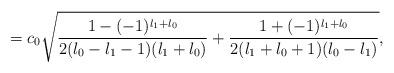
LaTeX: \begin{align*}=c_{0} \sqrt{\frac{1 - (-1)^{l_{1}+l_{0}}}{2(l_{0}-l_{1}-1)(l_{1}+l_{0})} + \frac{1 + (-1)^{l_{1}+l_{0}}}{2(l_{1}+l_{0}+1)(l_{0}-l_{1})}},\end{align*}